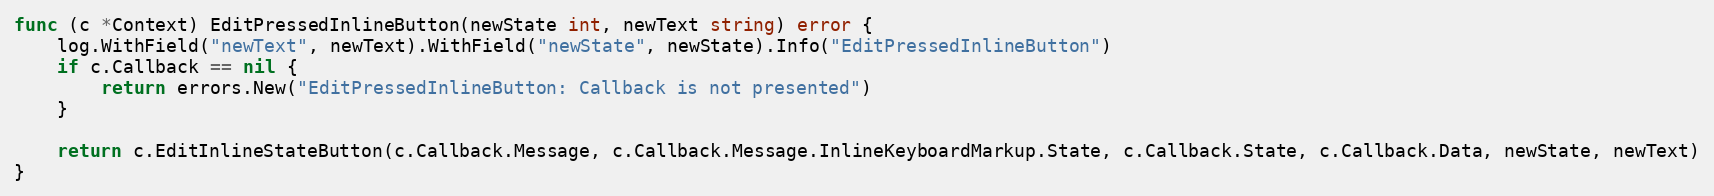
Language: Go
func (c *Context) EditPressedInlineButton(newState int, newText string) error {
	log.WithField("newText", newText).WithField("newState", newState).Info("EditPressedInlineButton")
	if c.Callback == nil {
		return errors.New("EditPressedInlineButton: Callback is not presented")
	}

	return c.EditInlineStateButton(c.Callback.Message, c.Callback.Message.InlineKeyboardMarkup.State, c.Callback.State, c.Callback.Data, newState, newText)
}